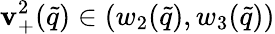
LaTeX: \mathbf{v}_{+}^{2}(\tilde{{q}})\in(w_{2}(\tilde{{q}}),w_{3}(\tilde{{q}}))